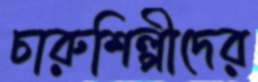
চারুশিল্পীদের